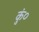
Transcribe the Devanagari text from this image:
कुं०